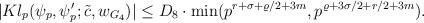
LaTeX: \begin{align*} |Kl_p(\psi_p,\psi_p';\tilde{c},w_{G_4})| & \leq D_8 \cdot \min(p^{r+\sigma+\varrho/2+3m},p^{\varrho+3\sigma/2+r/2+3m}). \end{align*}